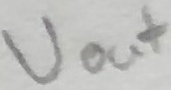
Text: Uout